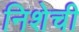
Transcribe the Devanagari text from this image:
निशेची